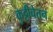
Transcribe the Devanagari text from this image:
कुट्टीचेतन